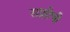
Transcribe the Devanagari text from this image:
साष्टीची